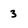
Character: 3